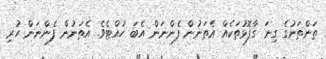
ތަންތަނުގެ ގިނަ ގާފޮޅުތަކެއް އެތަނުން ފެންނަން އެބަ ހުއްޓެވެ. އެތަނުން ފެންނަން ހުރި